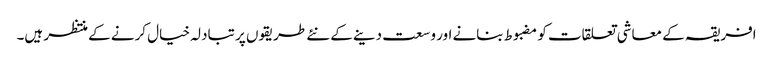
افریقہ کے معاشی تعلقات کو مضبوط بنانے اور وسعت دینے کے نئے طریقوں پر تبادلہ خیال کرنے کے منتظر ہیں۔